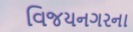
વિજયનગરના